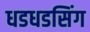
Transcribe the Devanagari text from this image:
धडधडसिंग